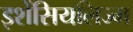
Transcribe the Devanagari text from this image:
इशेंसियलिज्म